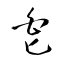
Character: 皀